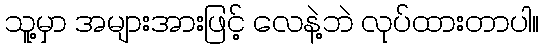
သူ့မှာ အများအားဖြင့် လေနဲ့ဘဲ လုပ်ထားတာပါ။